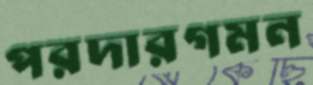
পরদারগমন